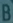
Transcribetheimage